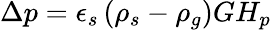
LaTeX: \Delta p=\epsilon_{s}\left(\rho_{s}-\rho_{g}\right)GH_{p}